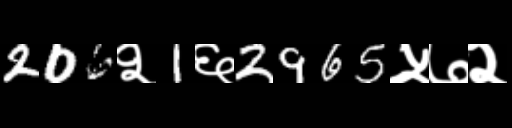
Text: 206२1६2965५७२